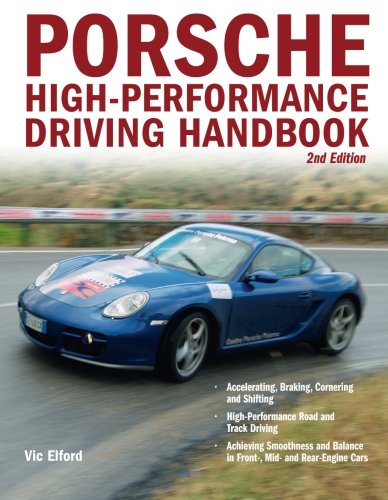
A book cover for Porsche High-Performance Driving Handbook; Vic Elford; Test Preparation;